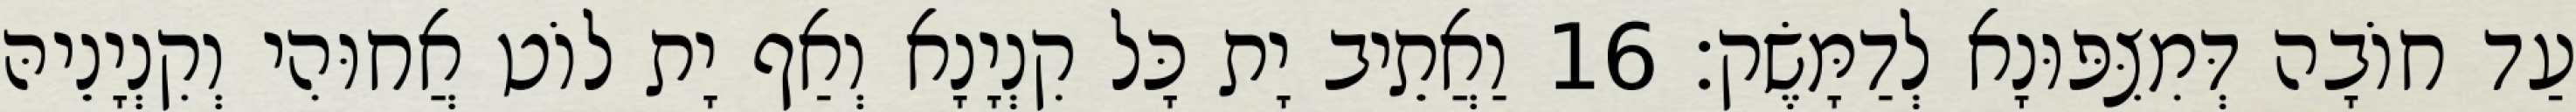
עַד חוֹבָה דְּמִצִּפּוּנָא לְדַמָּשֶׂק׃ 16 וַאֲתֵיב יָת כָּל קִנְיָנָא וְאַף יָת לוֹט אֲחוּהִי וְקִנְיָנֵיהּ